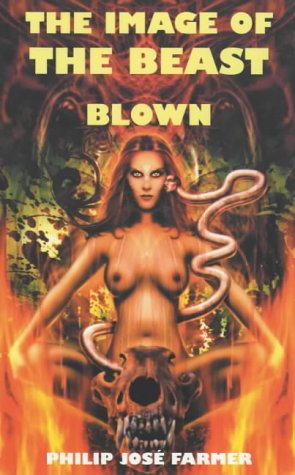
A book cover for Image of the Beast / Blown: An Exorcism; Philip Jose Farmer; Romance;